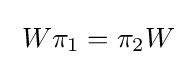
\;W\pi _{1}=\pi _{2}W